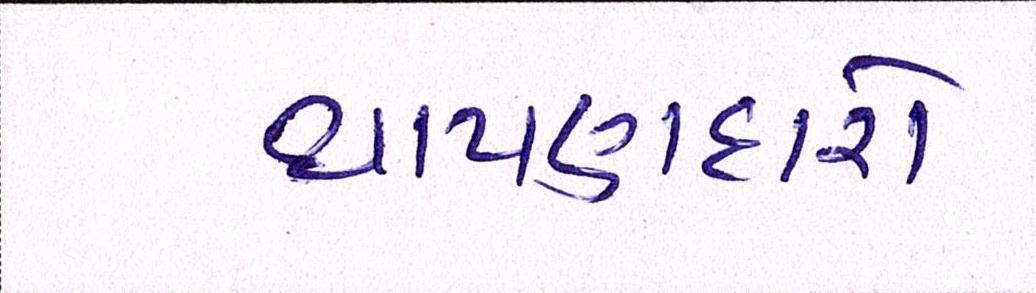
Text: થાપણદારો